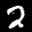
Label: 2